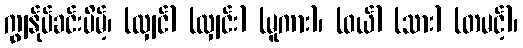
ကျွန်ုပ်ခင်းပိမ့်၊ (လျှင်) (လျှင်း) (မူကား)၊ (ဝယ်) (သား) (တမင့်)၊